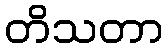
တိသတာ